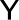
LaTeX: \mathsf{Y}